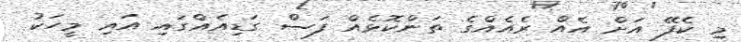
މި ކެފޭ އަށް އެއް ރެއެއްގެ ތަންކޮޅެއް ފަސް ގަޑިއެއްގައި އައި މީހަކު